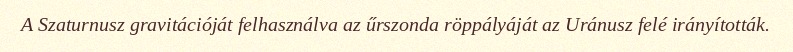
A Szaturnusz gravitációját felhasználva az űrszonda röppályáját az Uránusz felé irányították.